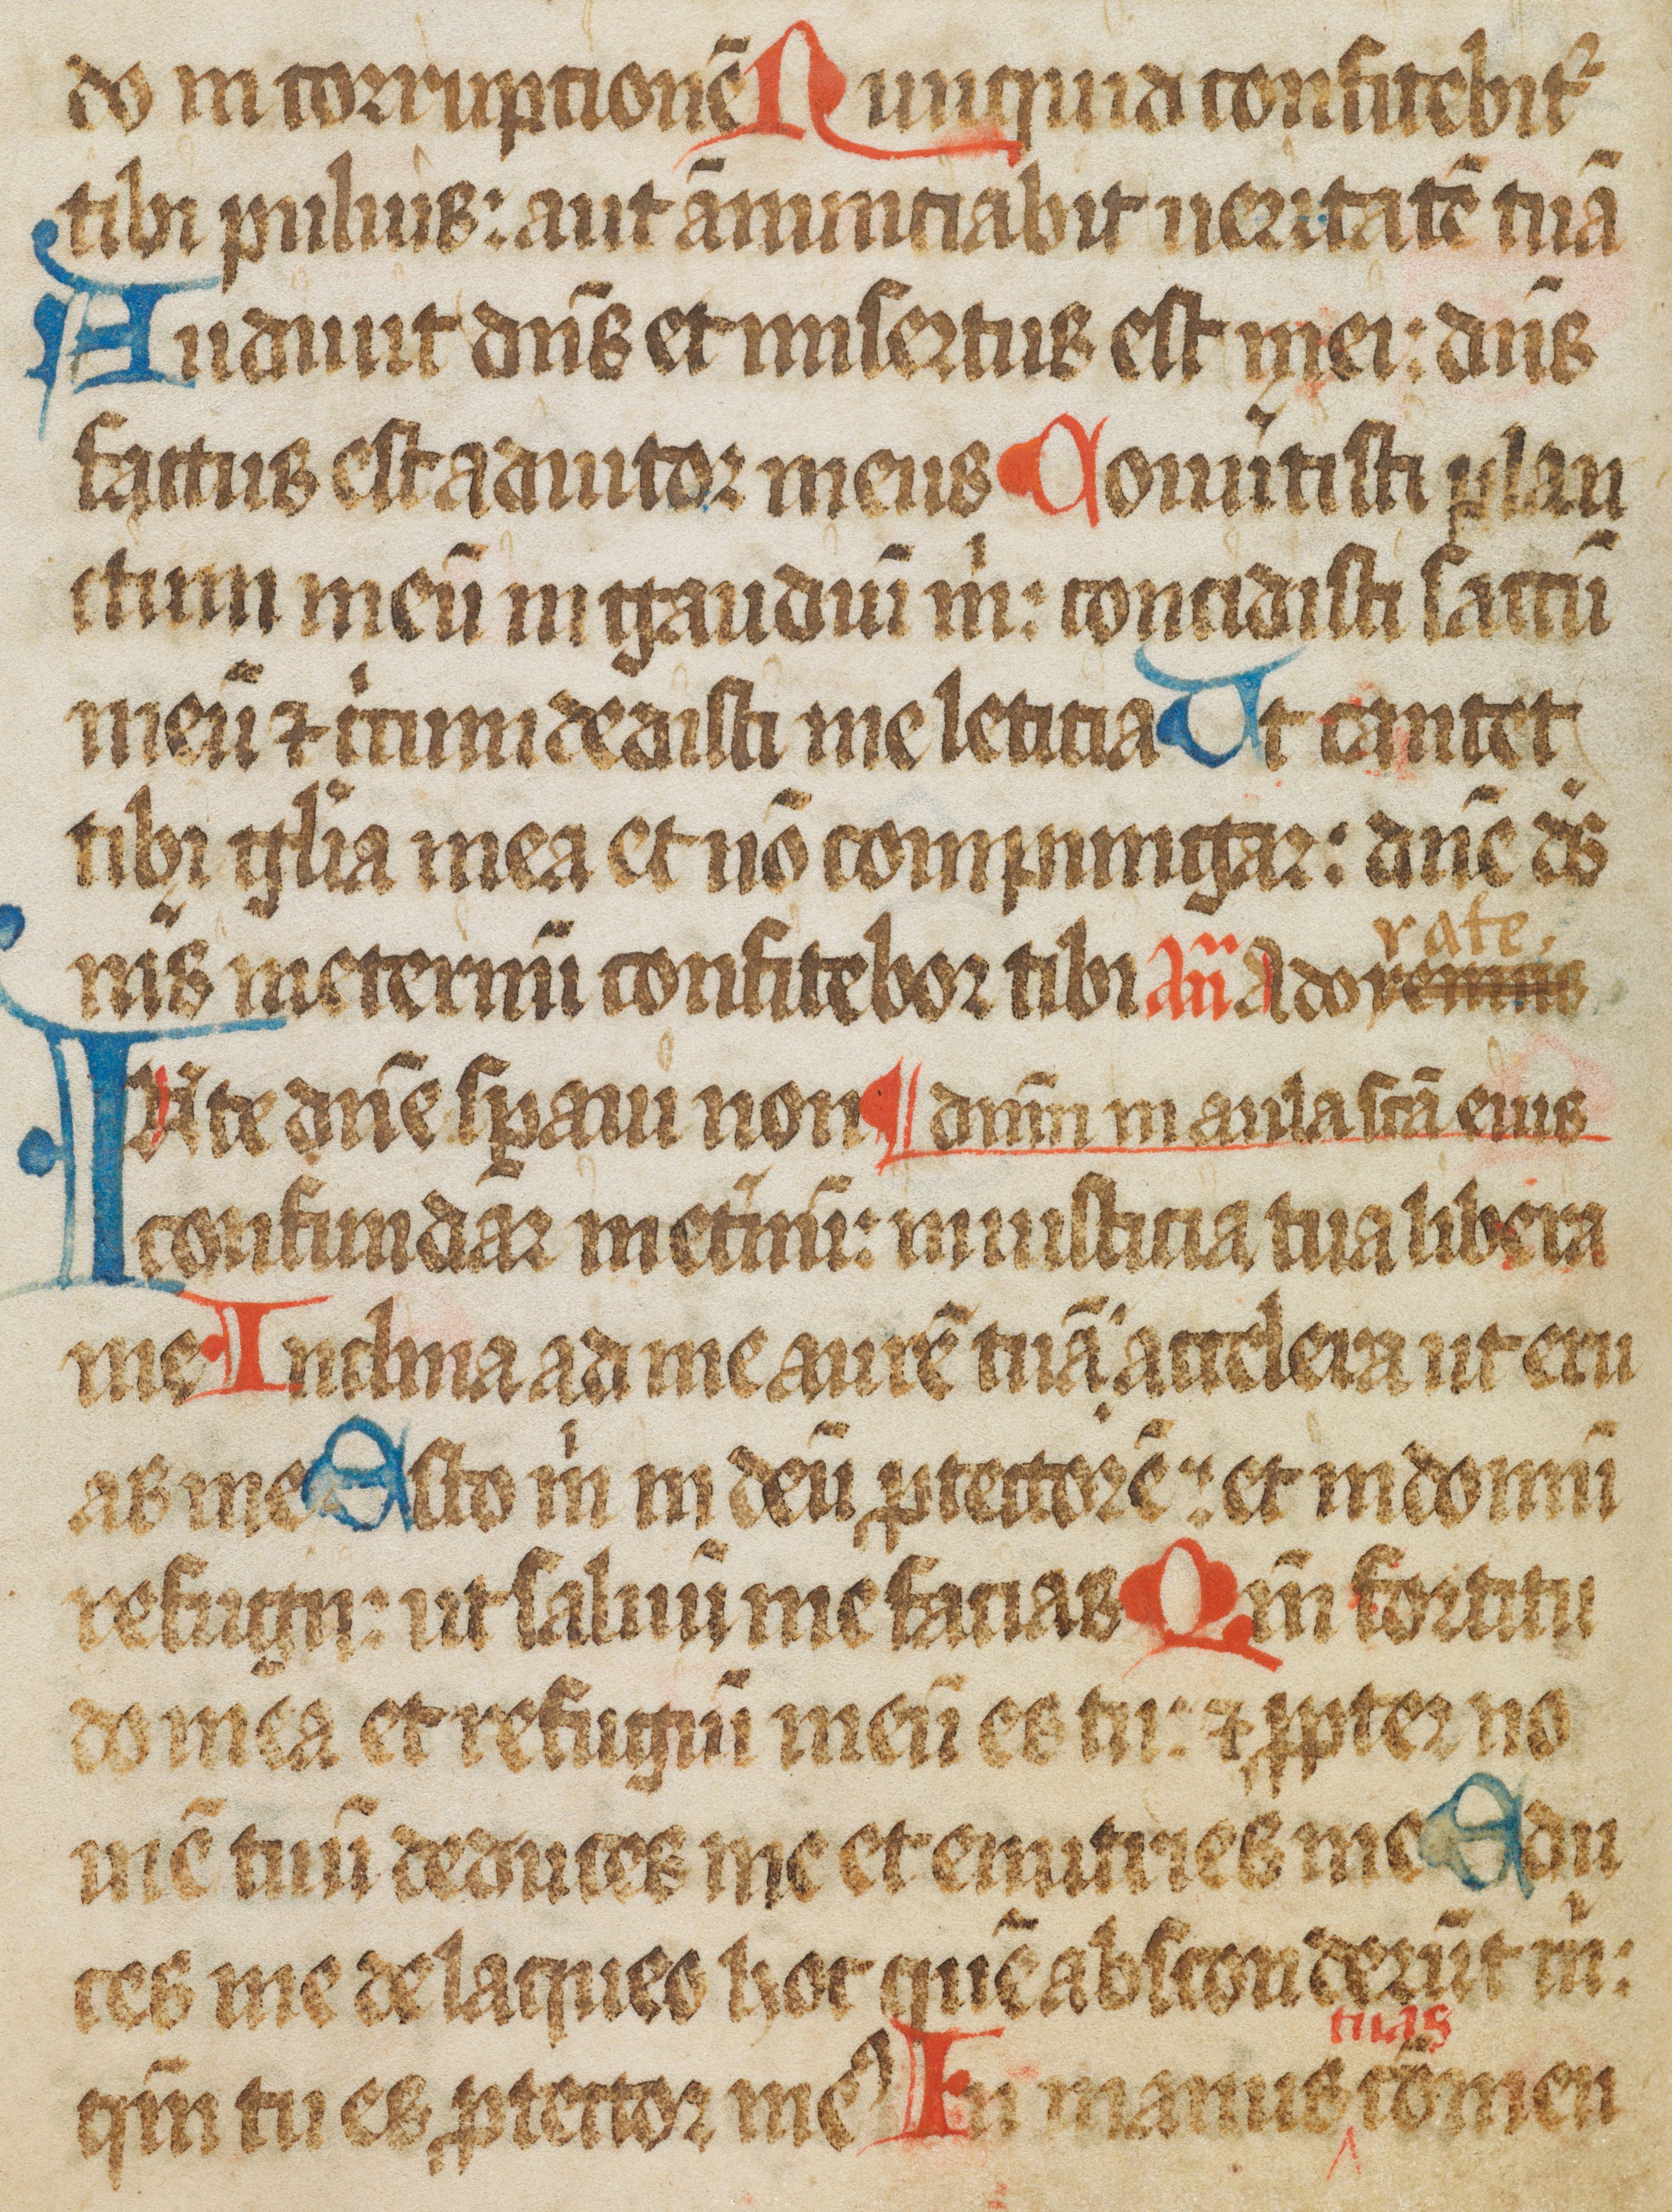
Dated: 1450–1499